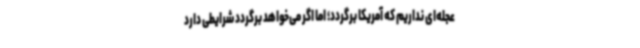
عجله‌ای نداریم که آمریکا برگردد؛‌ اما اگر می‌خواهد برگردد شرایطی دارد